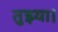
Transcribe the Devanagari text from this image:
तुझ्या।